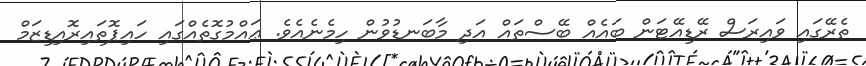
ތެރޭގައި ވައިރަސް ރޭޑިއޭޓަން ބައެއް ބޭސްތައް އަދި މާބަނޑުވުން ހިމެނެއެވެ. ޢައްމުގޮތެއްގައި ހައިޕޮތައިރޮއިޑިޒަމް